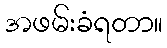
အဖမ်းခံရတာ။